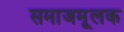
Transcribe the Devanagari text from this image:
समाजमूलक